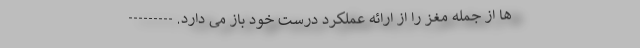
ها از جمله مغز را از ارائه عملکرد درست خود باز می دارد. ---------